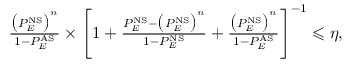
\begin{array} { r } { \frac { \big ( P _ { E } ^ { \mathrm { N S } } \big ) ^ { n } } { 1 - P _ { E } ^ { \mathrm { A S } } } \times \Bigg [ 1 + \frac { P _ { E } ^ { \mathrm { N S } } - \big ( P _ { E } ^ { \mathrm { N S } } \big ) ^ { n } } { 1 - P _ { E } ^ { \mathrm { N S } } } + \frac { \big ( P _ { E } ^ { \mathrm { N S } } \big ) ^ { n } } { 1 - P _ { E } ^ { \mathrm { A S } } } \Bigg ] ^ { - 1 } \leqslant \eta , } \end{array}